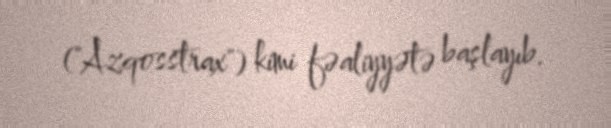
("Azqosstrax") kimi fəaliyyətə başlayıb.